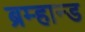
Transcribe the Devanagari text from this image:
ब्रम्हान्ड